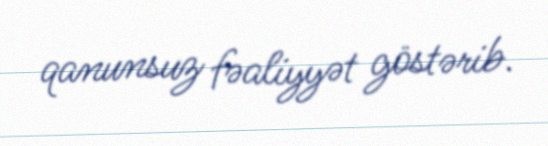
qanunsuz fəaliyyət göstərib.